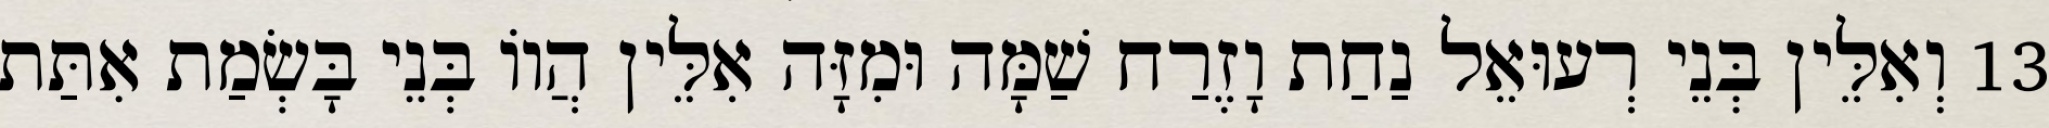
13 וְאִלֵּין בְּנֵי רְעוּאֵל נַחַת וָזֶרַח שַׁמָּה וּמִזָּה אִלֵּין הֲווֹ בְּנֵי בָּשְׂמַת אִתַּת